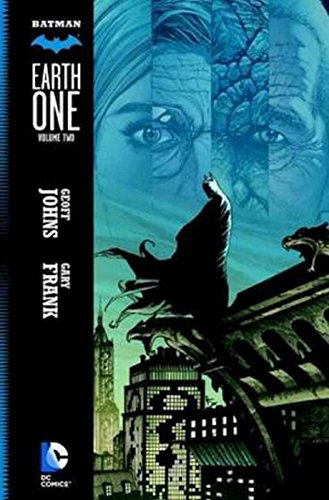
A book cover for Batman: Earth One Vol. 2; Geoff Johns; Comics & Graphic Novels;